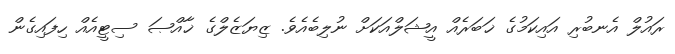
ރައުލް އެނބުރި އައިކަމުގެ ޚަބަރެއް އީޝަލްއަކަށް ނުލިބެއެވެ. ޒިޔަޒެލްގެ ޚާއްޞަ ސިޓީއެއް ހިފައިގެން